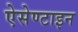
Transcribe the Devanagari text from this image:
ऐसेण्टाइन